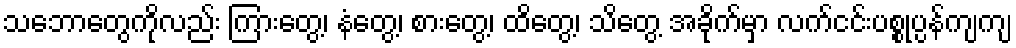
သဘောတွေကိုလည်း ကြားတွေ့၊ နံတွေ့၊ စားတွေ့၊ ထိတွေ့၊ သိတွေ့ အခိုက်မှာ လက်ငင်းပစ္စုပ္ပန်ကျကျ